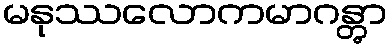
မနုဿလောကမာဂန္တွာ